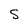
Character: S